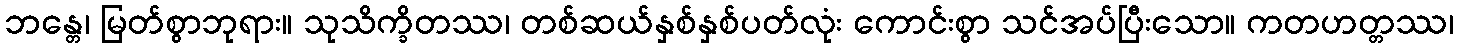
ဘန္တေ၊ မြတ်စွာဘုရား။ သုသိက္ခိတဿ၊ တစ်ဆယ်နှစ်နှစ်ပတ်လုံး ကောင်းစွာ သင်အပ်ပြီးသော။ ကတဟတ္တဿ၊